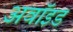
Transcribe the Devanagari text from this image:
अवॉइड